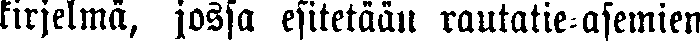
kirjelmä, jossa esitetään rautatie-asemien